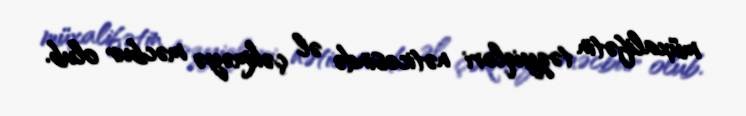
müxalifətin təzyiqləri nəticəsində əl çəkməyə məcbur olub.